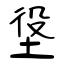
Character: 垼